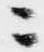
ニ